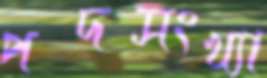
পদসংখ্যা